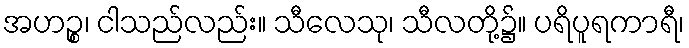
အဟဉ္စ၊ ငါသည်လည်း။ သီလေသု၊ သီလတို့၌။ ပရိပူရကာရီ၊